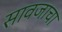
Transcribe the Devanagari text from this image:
सावजाचा